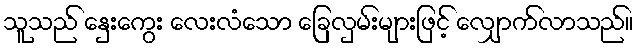
သူသည် နှေးကွေး လေးလံသော ခြေလှမ်းများဖြင့် လျှောက်လာသည်။